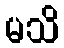
မသိ